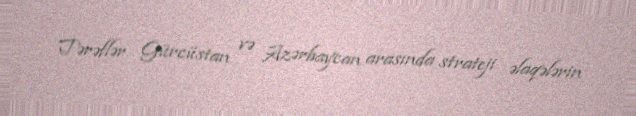
Tərəflər Gürcüstan və Azərbaycan arasında strateji əlaqələrin